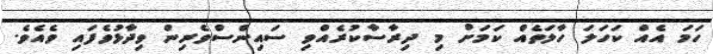
ހަމަ އެއް ކަހަލަ ހާލަތެއް ކަމަށް މި ދިރާސާކުރެއްވި ސައިންސްވެރިން ވިދާޅުވެފައި ވެއެވެ.